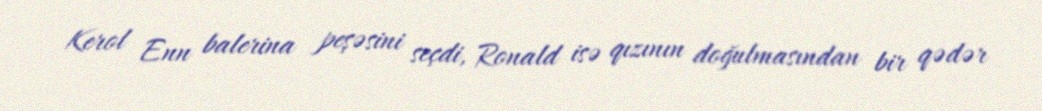
Kerol Enn balerina peşəsini seçdi, Ronald isə qızının doğulmasından bir qədər